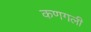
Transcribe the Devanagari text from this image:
कणगली